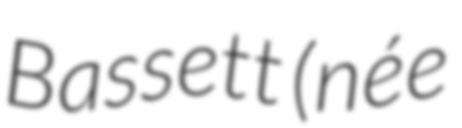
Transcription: Bassett (née